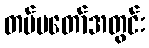
တပ်မတော်အတွင်း